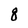
Character: 8